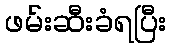
ဖမ်းဆီးခံရပြီး